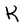
Character: K